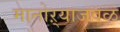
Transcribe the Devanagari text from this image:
मानोऱ्याजवळ